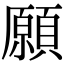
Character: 願